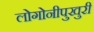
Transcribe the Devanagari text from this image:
लोगोनीपुखुरी